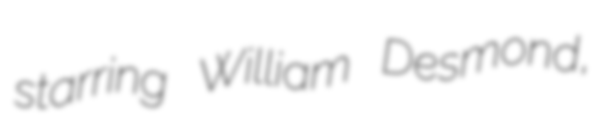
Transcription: starring William Desmond,